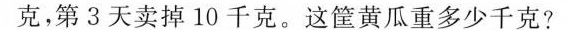
克，第3天卖掉10千克。这筐黄瓜重多少千克?